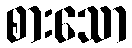
စားသော